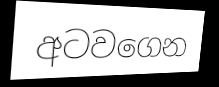
අටවගෙන